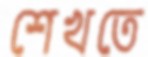
শেখতে